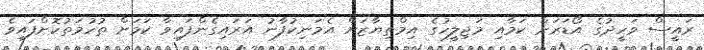
ރައީސް ވަހީދުގެ އޯޑަރަށް ކަމާއި މަޖިލީހުގެ އިމްތިޔާޒަށް އެމަނިކުފާނު އަރައިގެންފައިވާ ކަމަށް ތުހުމަތުކޮށްފައިވެ